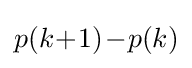
\textstyle p(k\!+\!1)\!-\!p(k)